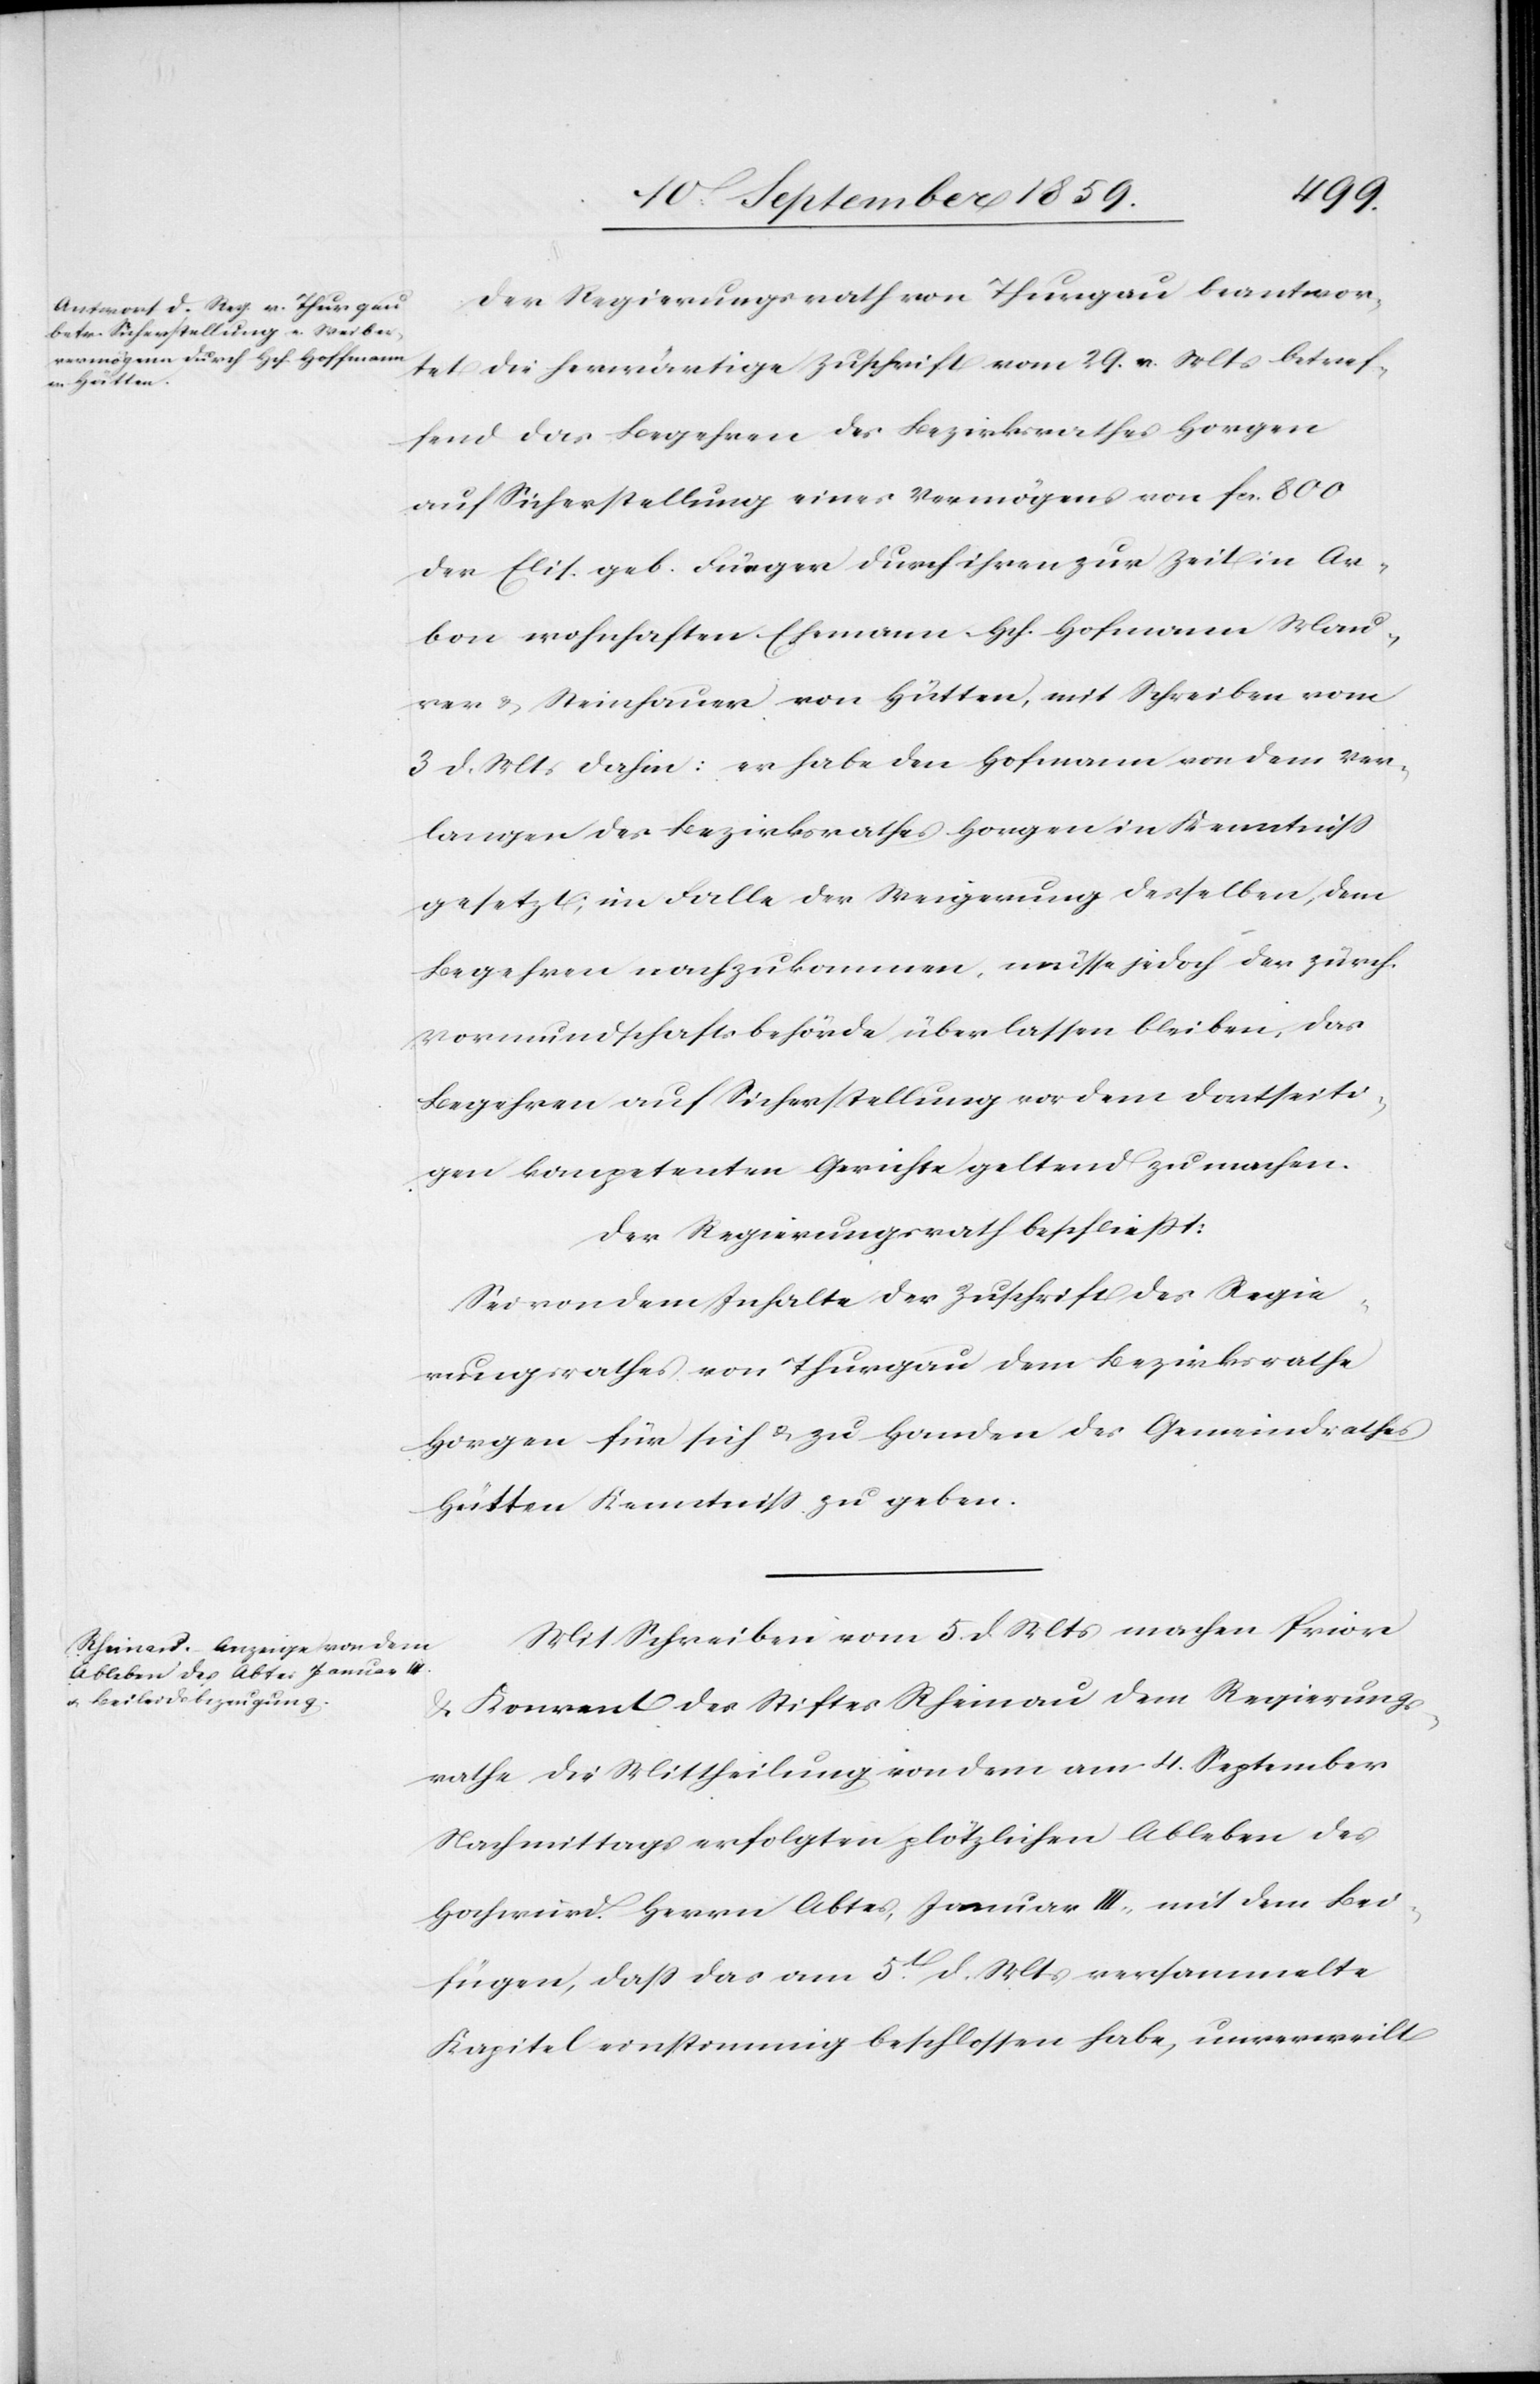
Der Regierungsrath von Thurgau beantwor¬
tet die herwärtige Zuschrift vom 29. v. Mts. betref¬
fend das Begehren des Bezirksrathes Horgen
auf Sicherstellung eines Vermögens von fcs. 800
der Elis. geb. Furger durch ihren zur Zeit in Ar¬
bon wohnhaften Ehemann Hch. Hofmann Mau¬
rer & Steinhauer von Hütten, mit Schreiben vom
3. d. Mts. dahin: er habe den Hofmann von dem Ver¬
langen des Bezirksrathes Horgen in Kenntniß
gesetzt; im Falle der Regierung desselben, dem
Begehren nachzukommen, müsse jedoch der zürch.
Vormundschaftsbehörde überlassen bleiben, das
Begehren auf Sicherstellung vor dem dortseiti¬
gen kompetenten Gerichte geltend zu machen.
Der Regierungsrath beschließt:
Sei von dem Inhalte der Zuschrift des Regie¬
rungsrathes von Thurgau dem Bezirksrathe
Horgen für sich & zu Handen des Gemeindrathes
Hütten Kenntniß zu geben.
Mit Schreiben vom 5. d. Mts. machen Prior
& Konvent des Stiftes Rheinau dem Regierungs¬
rathe die Mittheilung von dem am 4. September
Nachmittags erfolgten plötzlichen Ableben des
Hochwürd. Herren Abtes, Januar III, mit dem Bei¬
fügen, daß das am 5t. d. Mts. versammelte
Kapitel einstimmig beschlossen habe, unverweilt